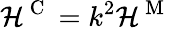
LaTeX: \mathcal{H}^{\mathrm{~C~}}=k^{2}\mathcal{H}^{\mathrm{~M~}}